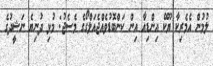
ލުމުން އެމެރިކާ ޔޫކޭ އިންޑިއާ އިން ކަންބޮޑުވެއްޖެއަލްގޯގެ މެސެޖު: މުޅި ދުނިޔެ ނަޝީދުގެ